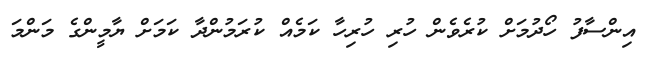
އިންސާފު ހޯދުމަށް ކުރެވެން ހުރި ހުރިހާ ކަމެއް ކުރަމުންދާ ކަމަށް ޔާމީންގެ މަންމަ